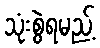
သုံးစွဲရမည့်